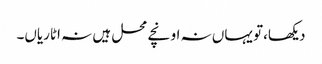
دیکھا،تو یہاں نہ اونچے محل ہیں نہ اٹاریاں۔